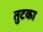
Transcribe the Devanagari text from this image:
तुटका